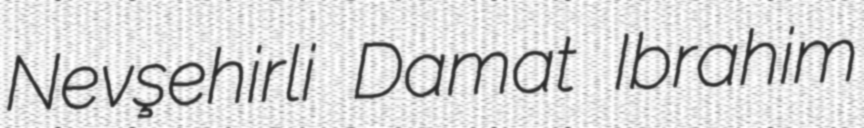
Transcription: Nevşehirli Damat Ibrahim